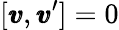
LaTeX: [{\pmb v},{\pmb v}^{\prime}]=0